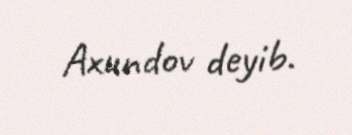
Axundov deyib.